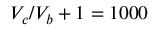
V _ { c } / V _ { b } + 1 = 1 0 0 0